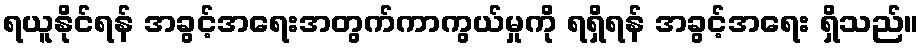
ရယူနိုင်ရန် အခွင့်အရေးအတွက်ကာကွယ်မှုကို ရရှိရန် အခွင့်အရေး ရှိသည်။